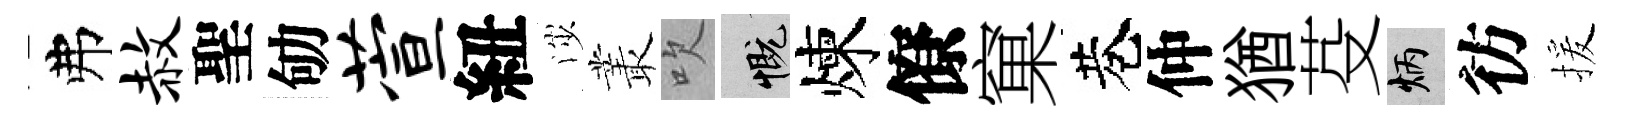
弗赦聖劬萱紐渉叢吹慨煉僚窠巷仲猶芟炳彷援